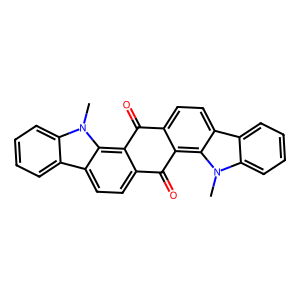
SMILES: Cn1c2ccccc2c2ccc3c(c21)C(=O)c1ccc2c4ccccc4n(C)c2c1C3=O
Inhibits HIV replication: No